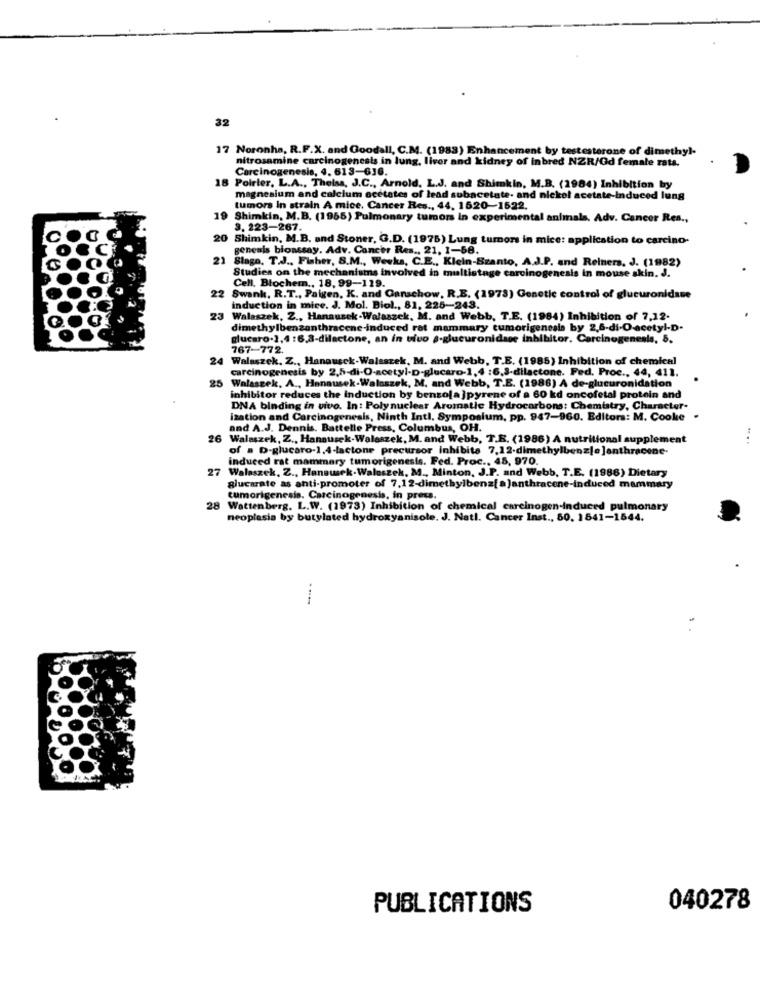
32
17 Noronha, R.F.X. and Goodall, C.M. (1983) Enhancement by testosterone of dimethyl-
nitrosamine carcinogenesis in lung, liver and kidney of inbred NZR/Gd female rata.
Carcinogenesis, 4. 613-616.
18 Poirier, L.A ., Theisa, J.C ., Arnold, L.J. and Shimkin, M.B. (1984) Inhibition by
magnesium and calcium ocetates of lead subacetate- and nickel acetate-induced lung
tumors In strain A mice. Cancer Res ., 44, 1620-1522.
19
Shimkin, M.B. (1965) Pulmonary tumors in experimental animals, Adv. Cancer Res .,
3. 223-267.
20 Shimkin, M.B. and Stoner, G.D. (1976) Lung tumors in mice: application to carcino-
genesis bioassay. Adv. Cancer Res ., 21, 1-58.
21 Stage, T.J ., Fisher, S.M ., Weeks, C.E ., Klein-Szanto, A.J.P. and Reiners. J. (1982)
Cell. Blocher ., 18, 99-119.
Studies on the mechanisms involved in multistage carcinogenesis In mouse skin. J.
22
Swank, R.T ., Paigen, K. and Ganschow, R.E. (1973) Genetic control of glucuronidase
induction in mice. J. Mol. Biol ., 81, 225-243.
23
Walaszek, Z ., Hanausek-Welaszek, M. and Webb, T.E. (1984) Inhibition of 7,12-
dimethylbenzanthracene-induced rot mammary tumorigenesis by 2.6-di-O-acetyl-D.
glucaro-2,4 :6.3-dilactone, an in vivo -glucuronidase inhibitor, Carcinogenesis, 5.
767-772.
24 Walaszek. Z ., Hanausck-Walaszek, M. and Webb, T.E. (1985) Inhibition of chemical
carcinogenesis by 2.5-di-O-acetyl-D-glucaro-1,4 :6.3-dilactone. Fed. Proc ., 44, 411.
25 Walaszek, A ., Hanausek-Walsszek, M. and Webb, T.E. (1988) A de-glucuronidation
inhibitor reduces the induction by benzola ]pyrene of a 60 kd oncofetal protein and
DNA binding in vivo. In: Polynuclear Aromatic Hydrocarbons: Chemistry, Character-
ization and Carcinogenesis, Ninth Intl. Symposium, pp. 947-960. Editora: M. Cooke
and A.J. Dennis. Battelle Press, Columbus, OH.
26
Walaszek, Z ., Hanausek-Waleszek, M. and Webb, T.E. (1986) A nutritional supplement
of a D-glucaro-1,4-lactone precursor inhibits 7,12-dimethylbenz[e ]anthracene-
induced rat mammary tumorigenesis. Fed. Proc ., 45, 970.
27
Waleszek, Z ., Hanausek-Waloszek, M ., Minton, J.P. and Webb, T.E. (1986) Dietary
glucarate as anti-promoter of 7.12-dimethylbenz[ a]anthracene-induced mammary
tumorigenesis. Carcinogenesis, in press.
28
Wattenberg. L.W. (1973) Inhibition of chemical carcinogen-induced pulmonary
neoplasia by butylated hydroxyanisole. J. Nati. Cancer Inst ., 50, 1841-1644.
PUBLICATIONS
040278